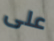
على